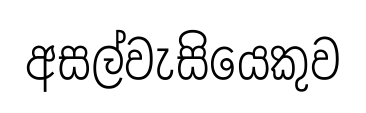
අසල්වැසියෙකුව